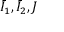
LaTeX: { \bar { I } } _ { 1 } , { \bar { I } } _ { 2 } , J